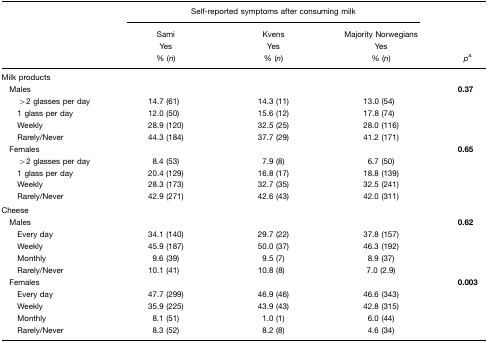
<table><thead><tr><td rowspan="3"></td><td colspan="3"><b>Self-reported symptoms after consuming milk</b></td><td rowspan="3"><b><i>p</i>a</b></td></tr><tr><td><b>SamiYes% (<i>n</i>)</b></td><td><b>KvensYes% (<i>n</i>)</b></td><td><b>Majority NorwegiansYes% (<i>n</i>)</b></td></tr></thead><tbody><tr><td colspan="5">Milk products</td></tr><tr><td> Males</td><td></td><td></td><td></td><td><b>0.37</b></td></tr><tr><td>&gt;2 glasses per day</td><td>14.7 (61)</td><td>14.3 (11)</td><td>13.0 (54)</td><td></td></tr><tr><td>1 glass per day</td><td>12.0 (50)</td><td>15.6 (12)</td><td>17.8 (74)</td><td></td></tr><tr><td>Weekly</td><td>28.9 (120)</td><td>32.5 (25)</td><td>28.0 (116)</td><td></td></tr><tr><td>Rarely/Never</td><td>44.3 (184)</td><td>37.7 (29)</td><td>41.2 (171)</td><td></td></tr><tr><td> Females</td><td></td><td></td><td></td><td><b>0.65</b></td></tr><tr><td>&gt;2 glasses per day</td><td>8.4 (53)</td><td>7.9 (8)</td><td>6.7 (50)</td><td></td></tr><tr><td>1 glass per day</td><td>20.4 (129)</td><td>16.8 (17)</td><td>18.8 (139)</td><td></td></tr><tr><td>Weekly</td><td>28.3 (173)</td><td>32.7 (35)</td><td>32.5 (241)</td><td></td></tr><tr><td>Rarely/Never</td><td>42.9 (271)</td><td>42.6 (43)</td><td>42.0 (311)</td><td></td></tr><tr><td colspan="5">Cheese</td></tr><tr><td> Males</td><td></td><td></td><td></td><td><b>0.62</b></td></tr><tr><td>Every day</td><td>34.1 (140)</td><td>29.7 (22)</td><td>37.8 (157)</td><td></td></tr><tr><td>Weekly</td><td>45.9 (187)</td><td>50.0 (37)</td><td>46.3 (192)</td><td></td></tr><tr><td>Monthly</td><td>9.6 (39)</td><td>9.5 (7)</td><td>8.9 (37)</td><td></td></tr><tr><td>Rarely/Never</td><td>10.1 (41)</td><td>10.8 (8)</td><td>7.0 (2.9)</td><td></td></tr><tr><td> Females</td><td></td><td></td><td></td><td><b>0.003</b></td></tr><tr><td>Every day</td><td>47.7 (299)</td><td>46.9 (46)</td><td>46.6 (343)</td><td></td></tr><tr><td>Weekly</td><td>35.9 (225)</td><td>43.9 (43)</td><td>42.8 (315)</td><td></td></tr><tr><td>Monthly</td><td>8.1 (51)</td><td>1.0 (1)</td><td>6.0 (44)</td><td></td></tr><tr><td>Rarely/Never</td><td>8.3 (52)</td><td>8.2 (8)</td><td>4.6 (34)</td><td></td></tr></tbody></table>